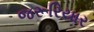
જરૂરિયાર